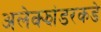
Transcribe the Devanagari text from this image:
अलेक्झांडरकडे